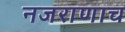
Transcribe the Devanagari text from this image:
नजराणाच